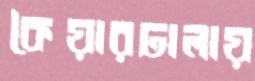
কৈয়ারঢালায়